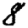
Digit: 8